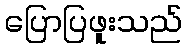
ပြောပြဖူးသည်